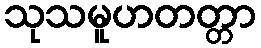
သုသမူဟတတ္တာ